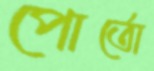
পোর্তো